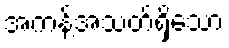
အကန့်အသတ်ရှိသော